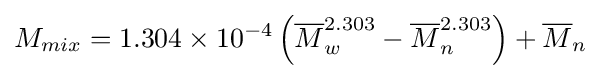
M_{mix}=1.304\times 10^{-4}\left({\overline {M}}_{w}^{2.303}-{\overline {M}}_{n}^{2.303}\right)+{\overline {M}}_{n}